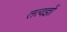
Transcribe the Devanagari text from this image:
तत्वज्ञों